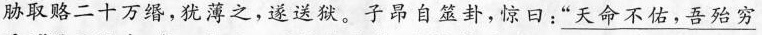
胁取赂二十万缗，犹薄之，遂送狱。子昂自筮卦，惊日：\underline{”天命不佑，吾殆穷}